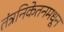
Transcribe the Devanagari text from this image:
तंत्रनिकेतनमधून